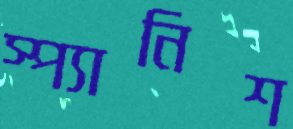
স্প্যানিশ